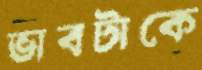
ভাবটাকে